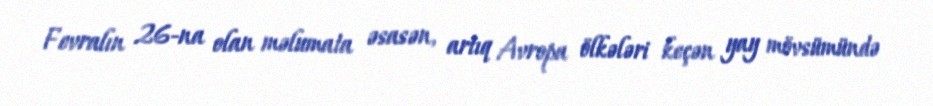
Fevralın 26-na olan məlumata əsasən, artıq Avropa ölkələri keçən yay mövsümündə